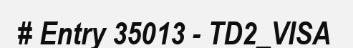
# Entry 35013 - TD2_VISA